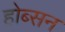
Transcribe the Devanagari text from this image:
होब्सन